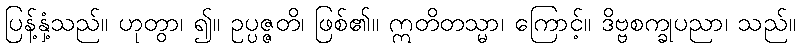
ပြန့်နှံ့သည်။ ဟုတွာ၊ ၍။ ဥပ္ပဇ္ဇတိ၊ ဖြစ်၏။ ဣတိတသ္မာ၊ ကြောင့်။ ဒိဗ္ဗစက္ခုပညာ၊ သည်။